65_HS1-834228961_62-HQ-83894_Section_9
Agency: FBI
Page 204
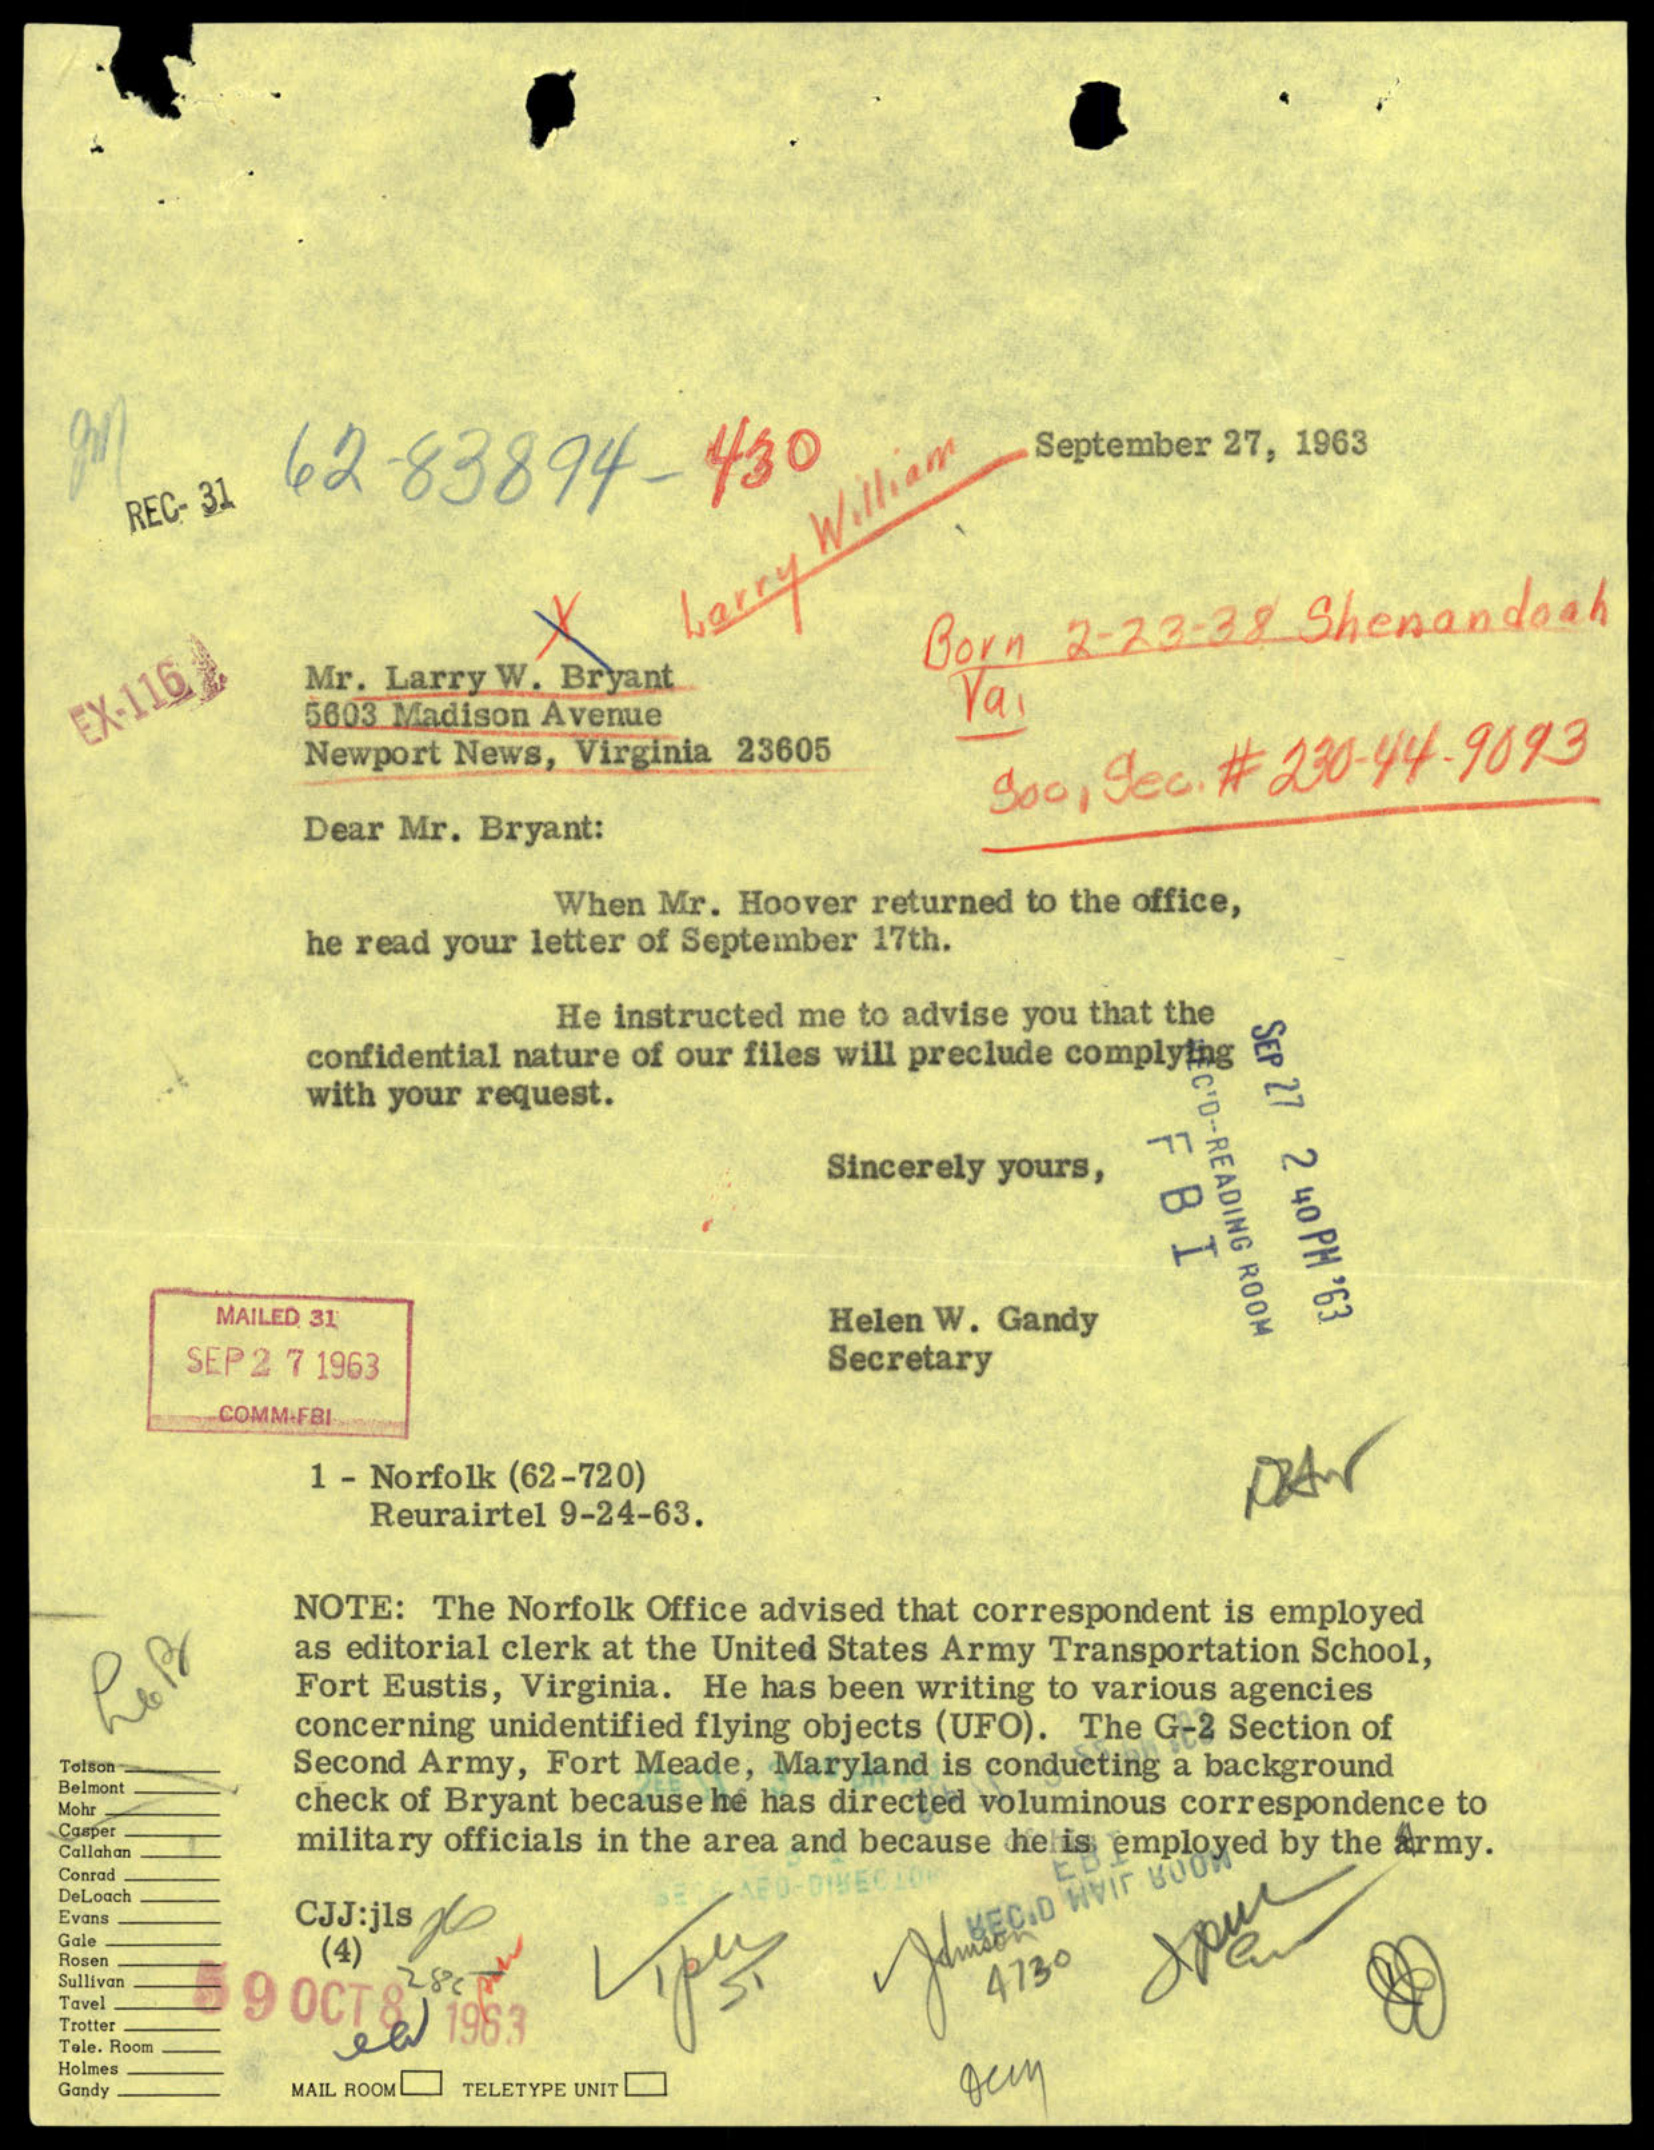